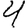
Digit: 4